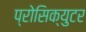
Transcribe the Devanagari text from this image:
प्रोसिक्युटर